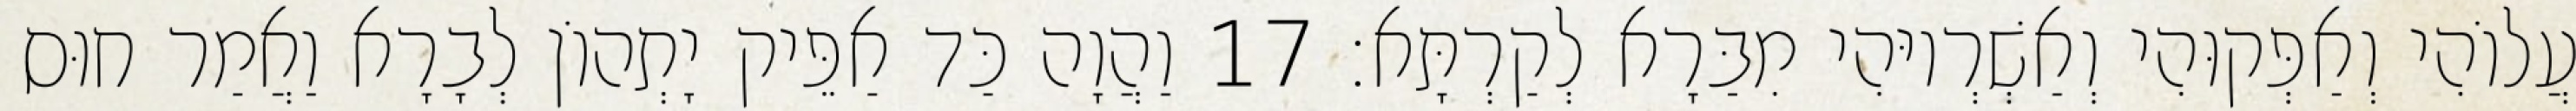
עֲלוֹהִי וְאַפְּקוּהִי וְאַשְׁרְיוּהִי מִבַּרָא לְקַרְתָּא׃ 17 וַהֲוָה כַּד אַפֵּיק יָתְהוֹן לְבָרָא וַאֲמַר חוּס